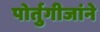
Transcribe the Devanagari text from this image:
पोर्तुगीजांने